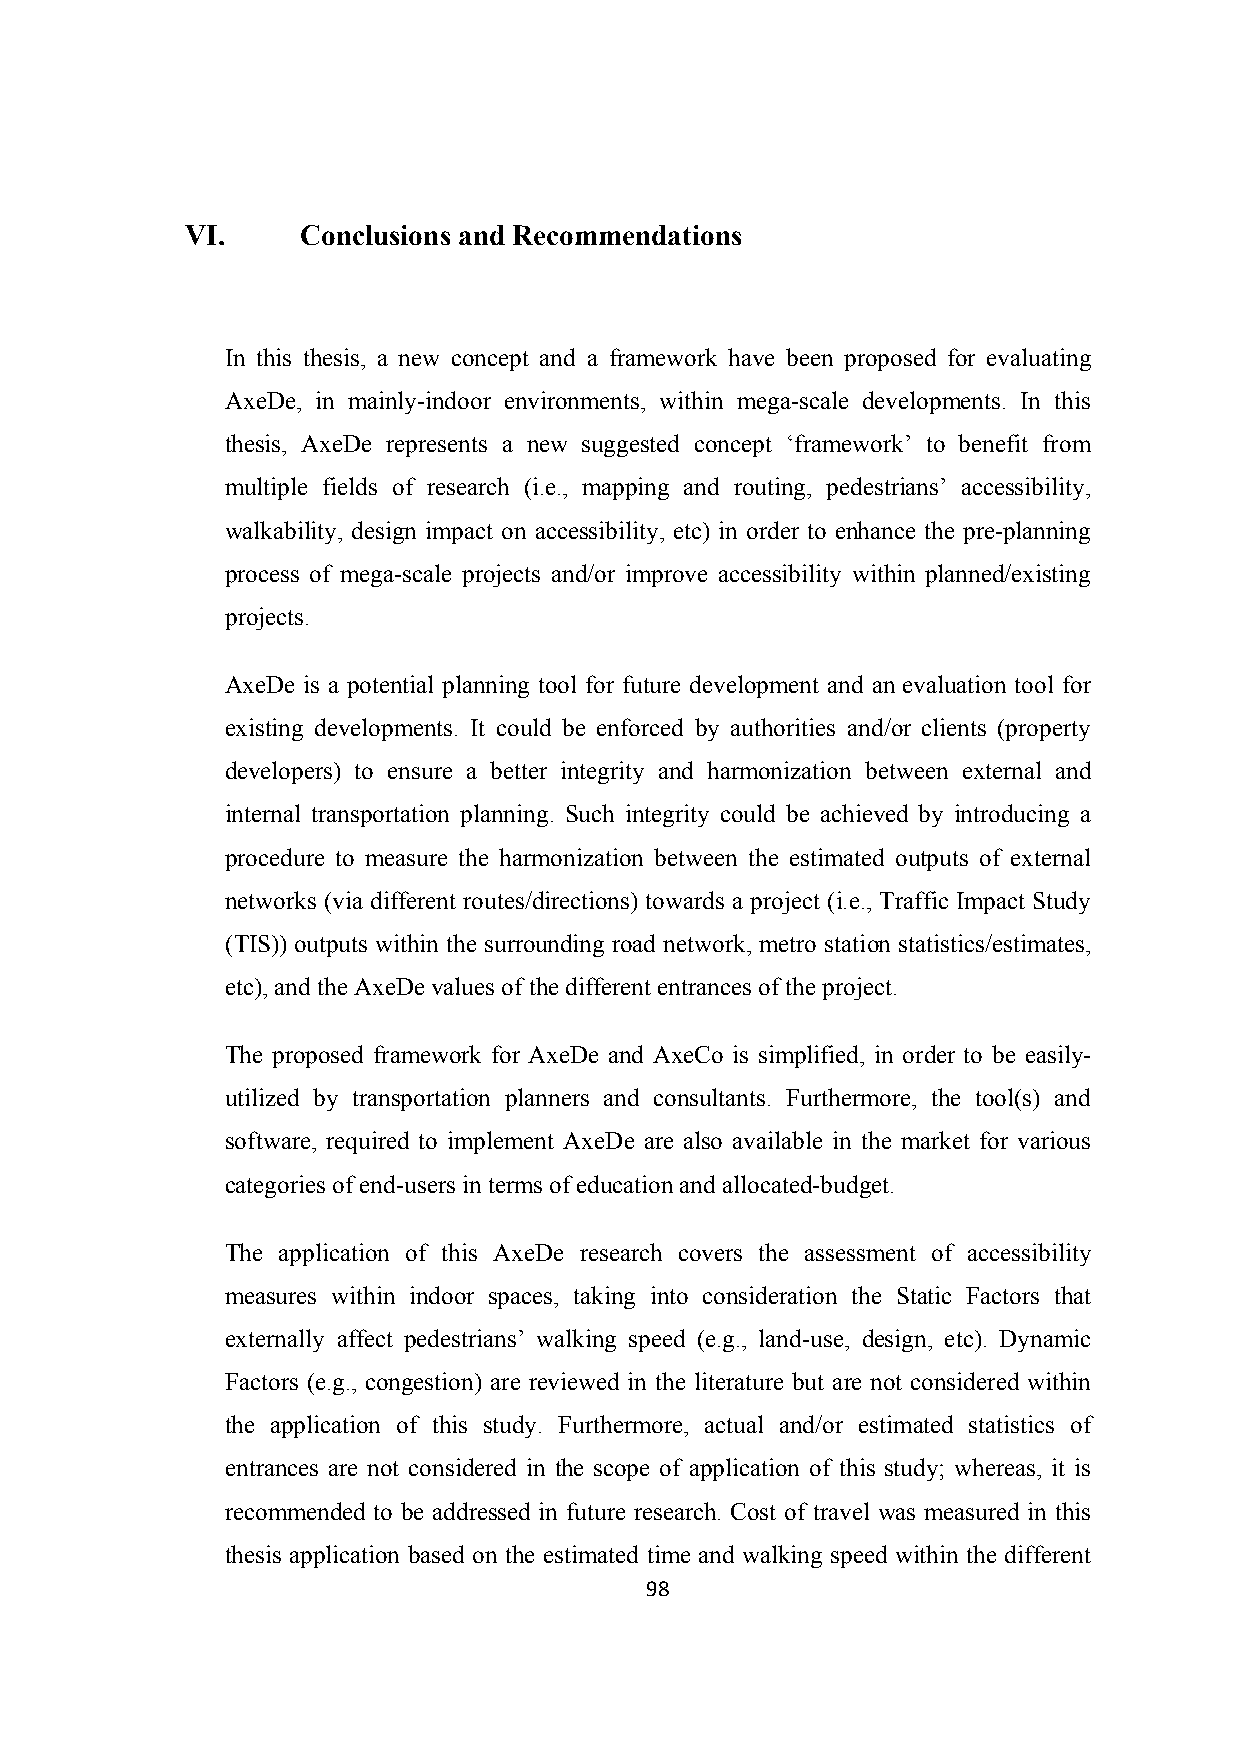
VI.     Conclusions and Recommendations
 In this thesis, a new concept and a framework have been proposed for evaluating
 AxeDe, in mainly-indoor environments, within mega-scale developments. In this
 thesis, AxeDe represents a new suggested concept ‘framework’ to benefit from
 multiple fields of research (i.e., mapping and routing, pedestrians’ accessibility,
 walkability, design impact on accessibility, etc) in order to enhance the pre-planning
 process of mega-scale projects and/or improve accessibility within planned/existing
 projects.
 AxeDe is a potential planning tool for future development and an evaluation tool for
 existing developments. It could be enforced by authorities and/or clients (property
 developers) to ensure a better integrity and harmonization between external and
 internal transportation planning. Such integrity could be achieved by introducing a
 procedure to measure the harmonization between the estimated outputs of external
 networks (via different routes/directions) towards a project (i.e., Traffic Impact Study
 (TIS)) outputs within the surrounding road network, metro station statistics/estimates,
 etc), and the AxeDe values of the different entrances of the project.
 The proposed framework for AxeDe and AxeCo is simplified, in order to be easily-
 utilized by transportation planners and consultants. Furthermore, the tool(s) and
 software, required to implement AxeDe are also available in the market for various
 categories of end-users in terms of education and allocated-budget.
 The application of this AxeDe research covers the assessment of accessibility
 measures within indoor spaces, taking into consideration the Static Factors that
 externally affect pedestrians’ walking speed (e.g., land-use, design, etc). Dynamic
 Factors (e.g., congestion) are reviewed in the literature but are not considered within
 the application of this study. Furthermore, actual and/or estimated statistics of
 entrances are not considered in the scope of application of this study; whereas, it is
 recommended to be addressed in future research. Cost of travel was measured in this
 thesis application based on the estimated time and walking speed within the different
 98